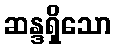
ဆန္ဒရှိသော